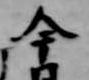
今